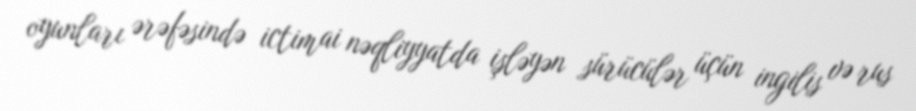
oyunları ərəfəsində ictimai nəqliyyatda işləyən sürücülər üçün ingilis və rus